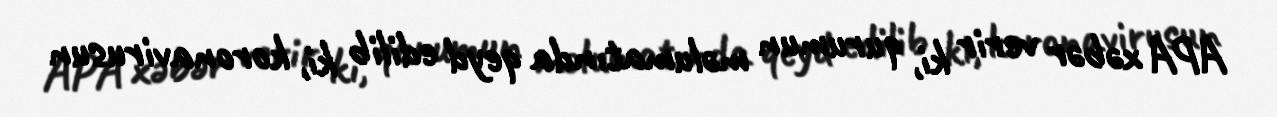
APA xəbər verir ki, qurumun məlumatında qeyd edilib ki, koronavirusun